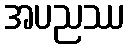
အပညဿ